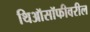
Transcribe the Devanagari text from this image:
थिऑसॉफीवरील